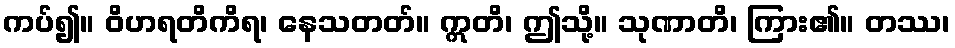
ကပ်၍။ ဝိဟရတိကိရ၊ နေသတတ်။ ဣတိ၊ ဤသို့။ သုဏာတိ၊ ကြား၏။ တဿ၊